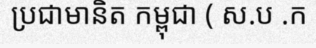
ប្រជាមានិត កម្ពុជា ( ស.ប .ក